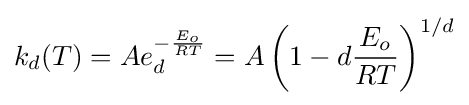
k_{d}(T)=Ae_{d}^{-{\frac {E_{o}}{RT}}}=A\left(1-d{\frac {E_{o}}{RT}}\right)^{1/d}